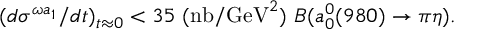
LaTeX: ( d \sigma ^ { \omega a _ { 1 } } / d t ) _ { t \approx 0 } < 3 5 \ ( \mathrm { n b / G e V } ^ { 2 } ) \ B ( a _ { 0 } ^ { 0 } ( 9 8 0 ) \rightarrow \pi \eta ) .